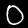
Digit: 0